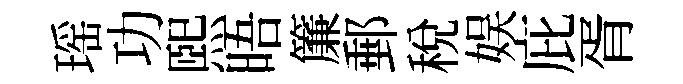
瑶功煕晤簾郵稅娱庇胥